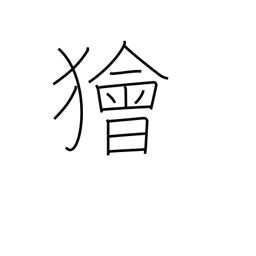
Meaning: crafty